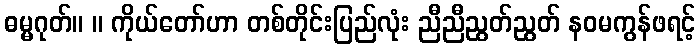
ဓမ္မဂုတ်။ ။ ကိုယ်တော်ဟာ တစ်တိုင်းပြည်လုံး ညီညီညွတ်ညွတ် နဝမကွန်ဖရင့်